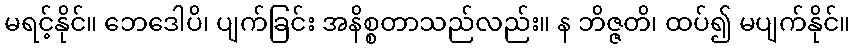
မရင့်နိုင်။ ဘေဒေါပိ၊ ပျက်ခြင်း အနိစ္စတာသည်လည်း။ န ဘိဇ္ဇတိ၊ ထပ်၍ မပျက်နိုင်။